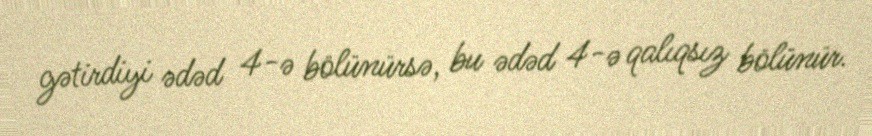
gətirdiyi ədəd 4-ə bölünürsə, bu ədəd 4-ə qalıqsız bölünür.